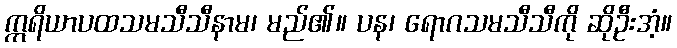
ဣရိယာပထသမသီသီနာမ၊ မည်၏။ ပန၊ ရောဂသမသီသီကို ဆိုဦးအံ့။